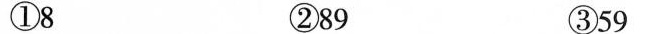
①8 ②89 ③59